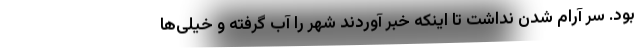
بود. سر آرام شدن نداشت تا اینکه خبر آوردند شهر را آب گرفته و خیلی‌ها